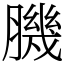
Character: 𦠄